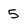
Character: 5